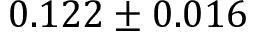
0 . 1 2 2 \pm 0 . 0 1 6